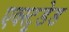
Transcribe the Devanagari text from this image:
एक्स्ट्रूडेड